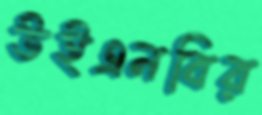
উইএনবির